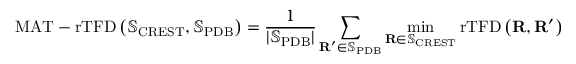
\mathrm { M A T - r T F D } \left( \mathbb { S } _ { \mathrm { C R E S T } } , \mathbb { S } _ { \mathrm { P D B } } \right) = \frac { 1 } { \lvert \mathbb { S } _ { \mathrm { P D B } } \rvert } \sum _ { \mathbf { R } ^ { \prime } \in \mathbb { S } _ { \mathrm { P D B } } } \operatorname* { m i n } _ { \mathbf { R } \in \mathbb { S } _ { \mathrm { C R E S T } } } \mathrm { r T F D } \left( \mathbf { R } , \mathbf { R } ^ { \prime } \right)